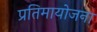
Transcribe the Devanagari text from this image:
प्रतिमायोजना